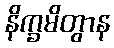
နိက္ခမိတွာန